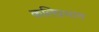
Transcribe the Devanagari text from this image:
कलिप्रभाव